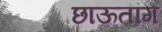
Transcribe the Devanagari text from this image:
छाऊतांग